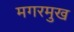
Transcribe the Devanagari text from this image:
मगरमुख